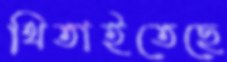
থিতাইতেছে